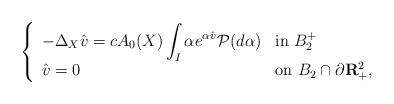
LaTeX: \begin{align*}\left\{\begin{array}{ll}\displaystyle -\Delta_X \hat{v}= cA_0(X)\int_I \alpha e^{\alpha\hat{v}} {\cal P}(d\alpha) & \mbox{in $B_{2}^+$} \\\displaystyle \hat{v}=0 & \mbox{on $B_{2}\cap\partial{\bf R}_+^2$}, \end{array}\right.\end{align*}